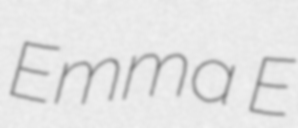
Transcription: Emma E